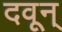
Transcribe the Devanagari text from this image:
दवून्